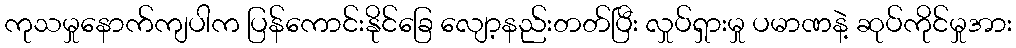
ကုသမှုနောက်ကျပါက ပြန်ကောင်းနိုင်ခြေ လျော့နည်းတတ်ပြီး လှုပ်ရှားမှု ပမာဏနဲ့ ဆုပ်ကိုင်မှုအား